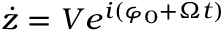
\dot { z } = V e ^ { i ( \varphi _ { 0 } + \Omega t ) }